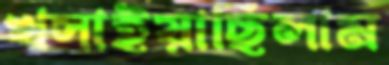
খসাইয়াছিলাম